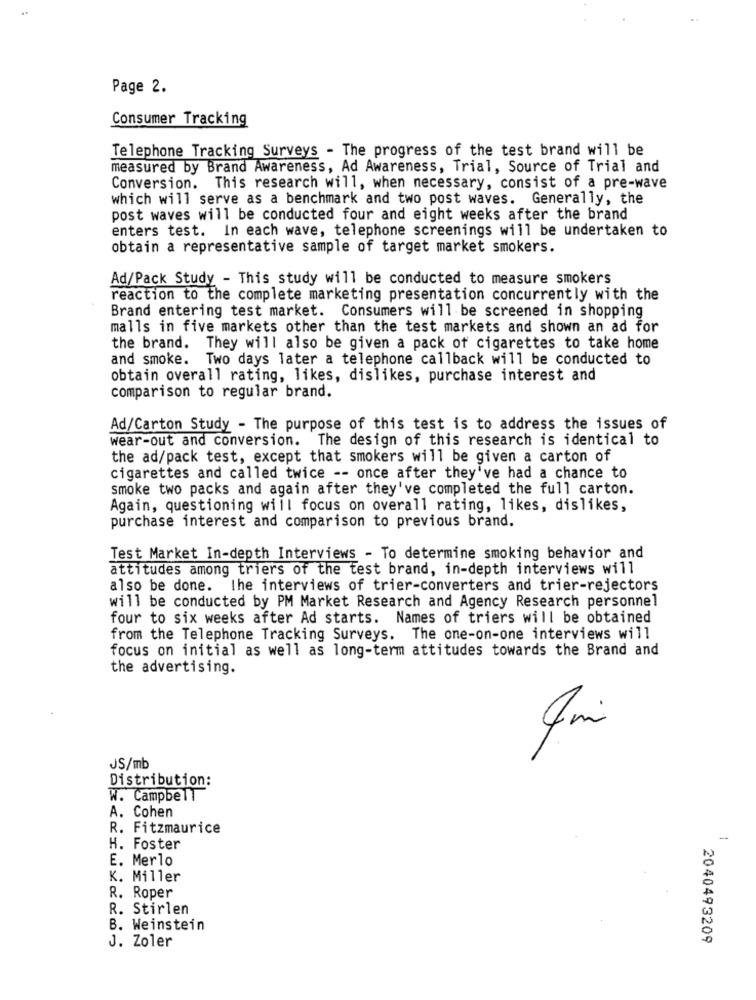
Page 2.
Consumer Tracking
Telephone Tracking Surveys - The progress of the test brand will be
measured by Brand Awareness, Ad Awareness, Trial, Source of Trial and
Conversion. This research will, when necessary, consist of a pre-wave
which will serve as a benchmark and two post waves. Generally, the
post waves will be conducted four and eight weeks after the brand
enters test. In each wave, telephone screenings will be undertaken to
obtain a representative sample of target market smokers.
Ad/Pack Study - This study will be conducted to measure smokers
reaction to the complete marketing presentation concurrently with the
Brand entering test market. Consumers will be screened in shopping
malls in five markets other than the test markets and shown an ad for
the brand. They will also be given a pack of cigarettes to take home
and smoke. Two days later a telephone callback will be conducted to
obtain overall rating, likes, dislikes, purchase interest and
comparison to regular brand.
Ad/Carton Study - The purpose of this test is to address the issues of
wear-out and conversion. The design of this research is identical to
the ad/pack test, except that smokers will be given a carton of
cigarettes and called twice -- once after they've had a chance to
smoke two packs and again after they've completed the full carton.
Again, questioning will focus on overall rating, likes, dislikes,
purchase interest and comparison to previous brand.
Test Market In-depth Interviews - To determine smoking behavior and
attitudes among triers of the test brand, in-depth interviews will
also be done. the interviews of trier-converters and trier-rejectors
will be conducted by PM Market Research and Agency Research personnel
four to six weeks after Ad starts. Names of triers will be obtained
from the Telephone Tracking Surveys. The one-on-one interviews will
focus on initial as well as long-term attitudes towards the Brand and
the advertising.
JS/mb
Distribution:
W. Campbell
A. Cohen
R. Fitzmaurice
H. Foster
E. Merlo
K. Miller
R. Roper
R. Stirlen
B. Weinstein
2040493209
J. Zoler